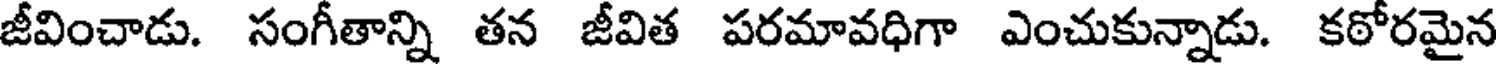
జీవించాడు. సంగీతాన్ని తన జీవిత పరమావధిగా ఎంచుకున్నాడు. కఠోరమైన